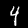
Digit: 4